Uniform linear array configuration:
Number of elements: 24
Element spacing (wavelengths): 1
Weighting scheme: cosine
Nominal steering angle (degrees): -30
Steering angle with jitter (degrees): -28.06
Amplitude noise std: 0.05
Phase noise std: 0.05

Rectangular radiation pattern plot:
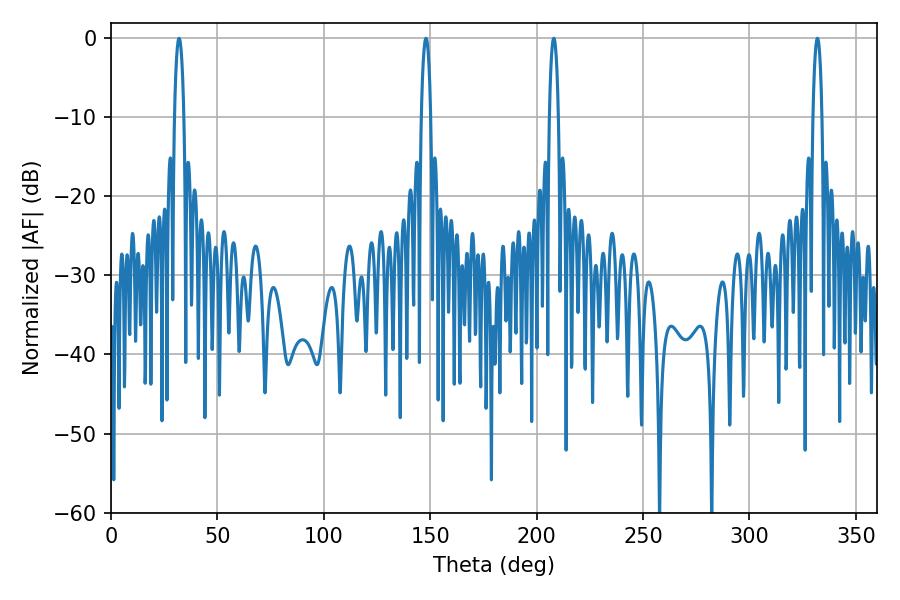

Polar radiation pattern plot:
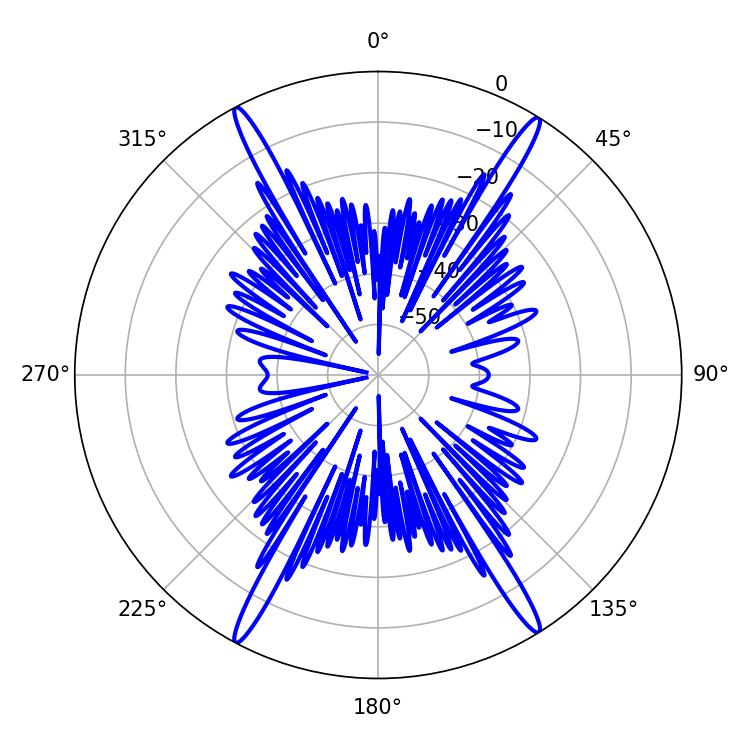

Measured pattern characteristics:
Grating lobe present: TRUE
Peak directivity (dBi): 24.154
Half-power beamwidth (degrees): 2.34
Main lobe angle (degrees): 208.08